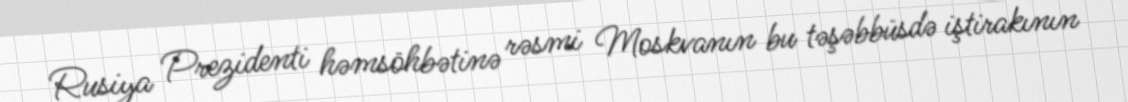
Rusiya Prezidenti həmsöhbətinə rəsmi Moskvanın bu təşəbbüsdə iştirakının